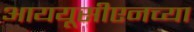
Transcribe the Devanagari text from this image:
आययूसीएनच्या